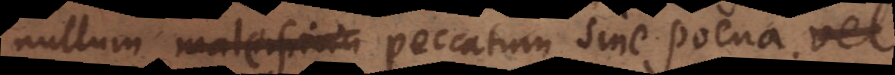
malum maleficiu peccatum sine poena.